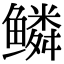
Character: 鳞